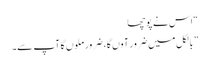
“ اس نے پوچھا
” بالکل میں ضرور آوں گا، ضرور ملوں گا آپ سے۔